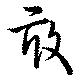
敢